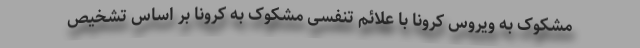
مشکوک به ویروس کرونا با علائم تنفسی مشکوک به کرونا بر اساس تشخیص